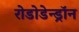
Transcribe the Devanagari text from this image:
रोडोडेन्‍ड्रॉन